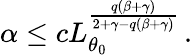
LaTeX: \alpha\leq cL_{\theta_{0}}^{\frac{q(\beta+\gamma)}{2+\gamma-q(\beta+\gamma)}}\, .